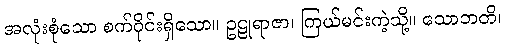
အလုံးစုံသော စက်ဝိုင်းရှိသော။ ဥဠုရာဇာ၊ ကြယ်မင်းကဲ့သို့။ သောဘတိ၊